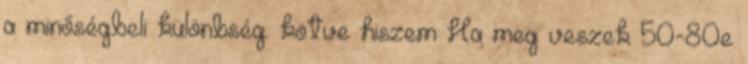
a minőségbeli különbség. kötve hiszem Ha meg veszek 50-80e